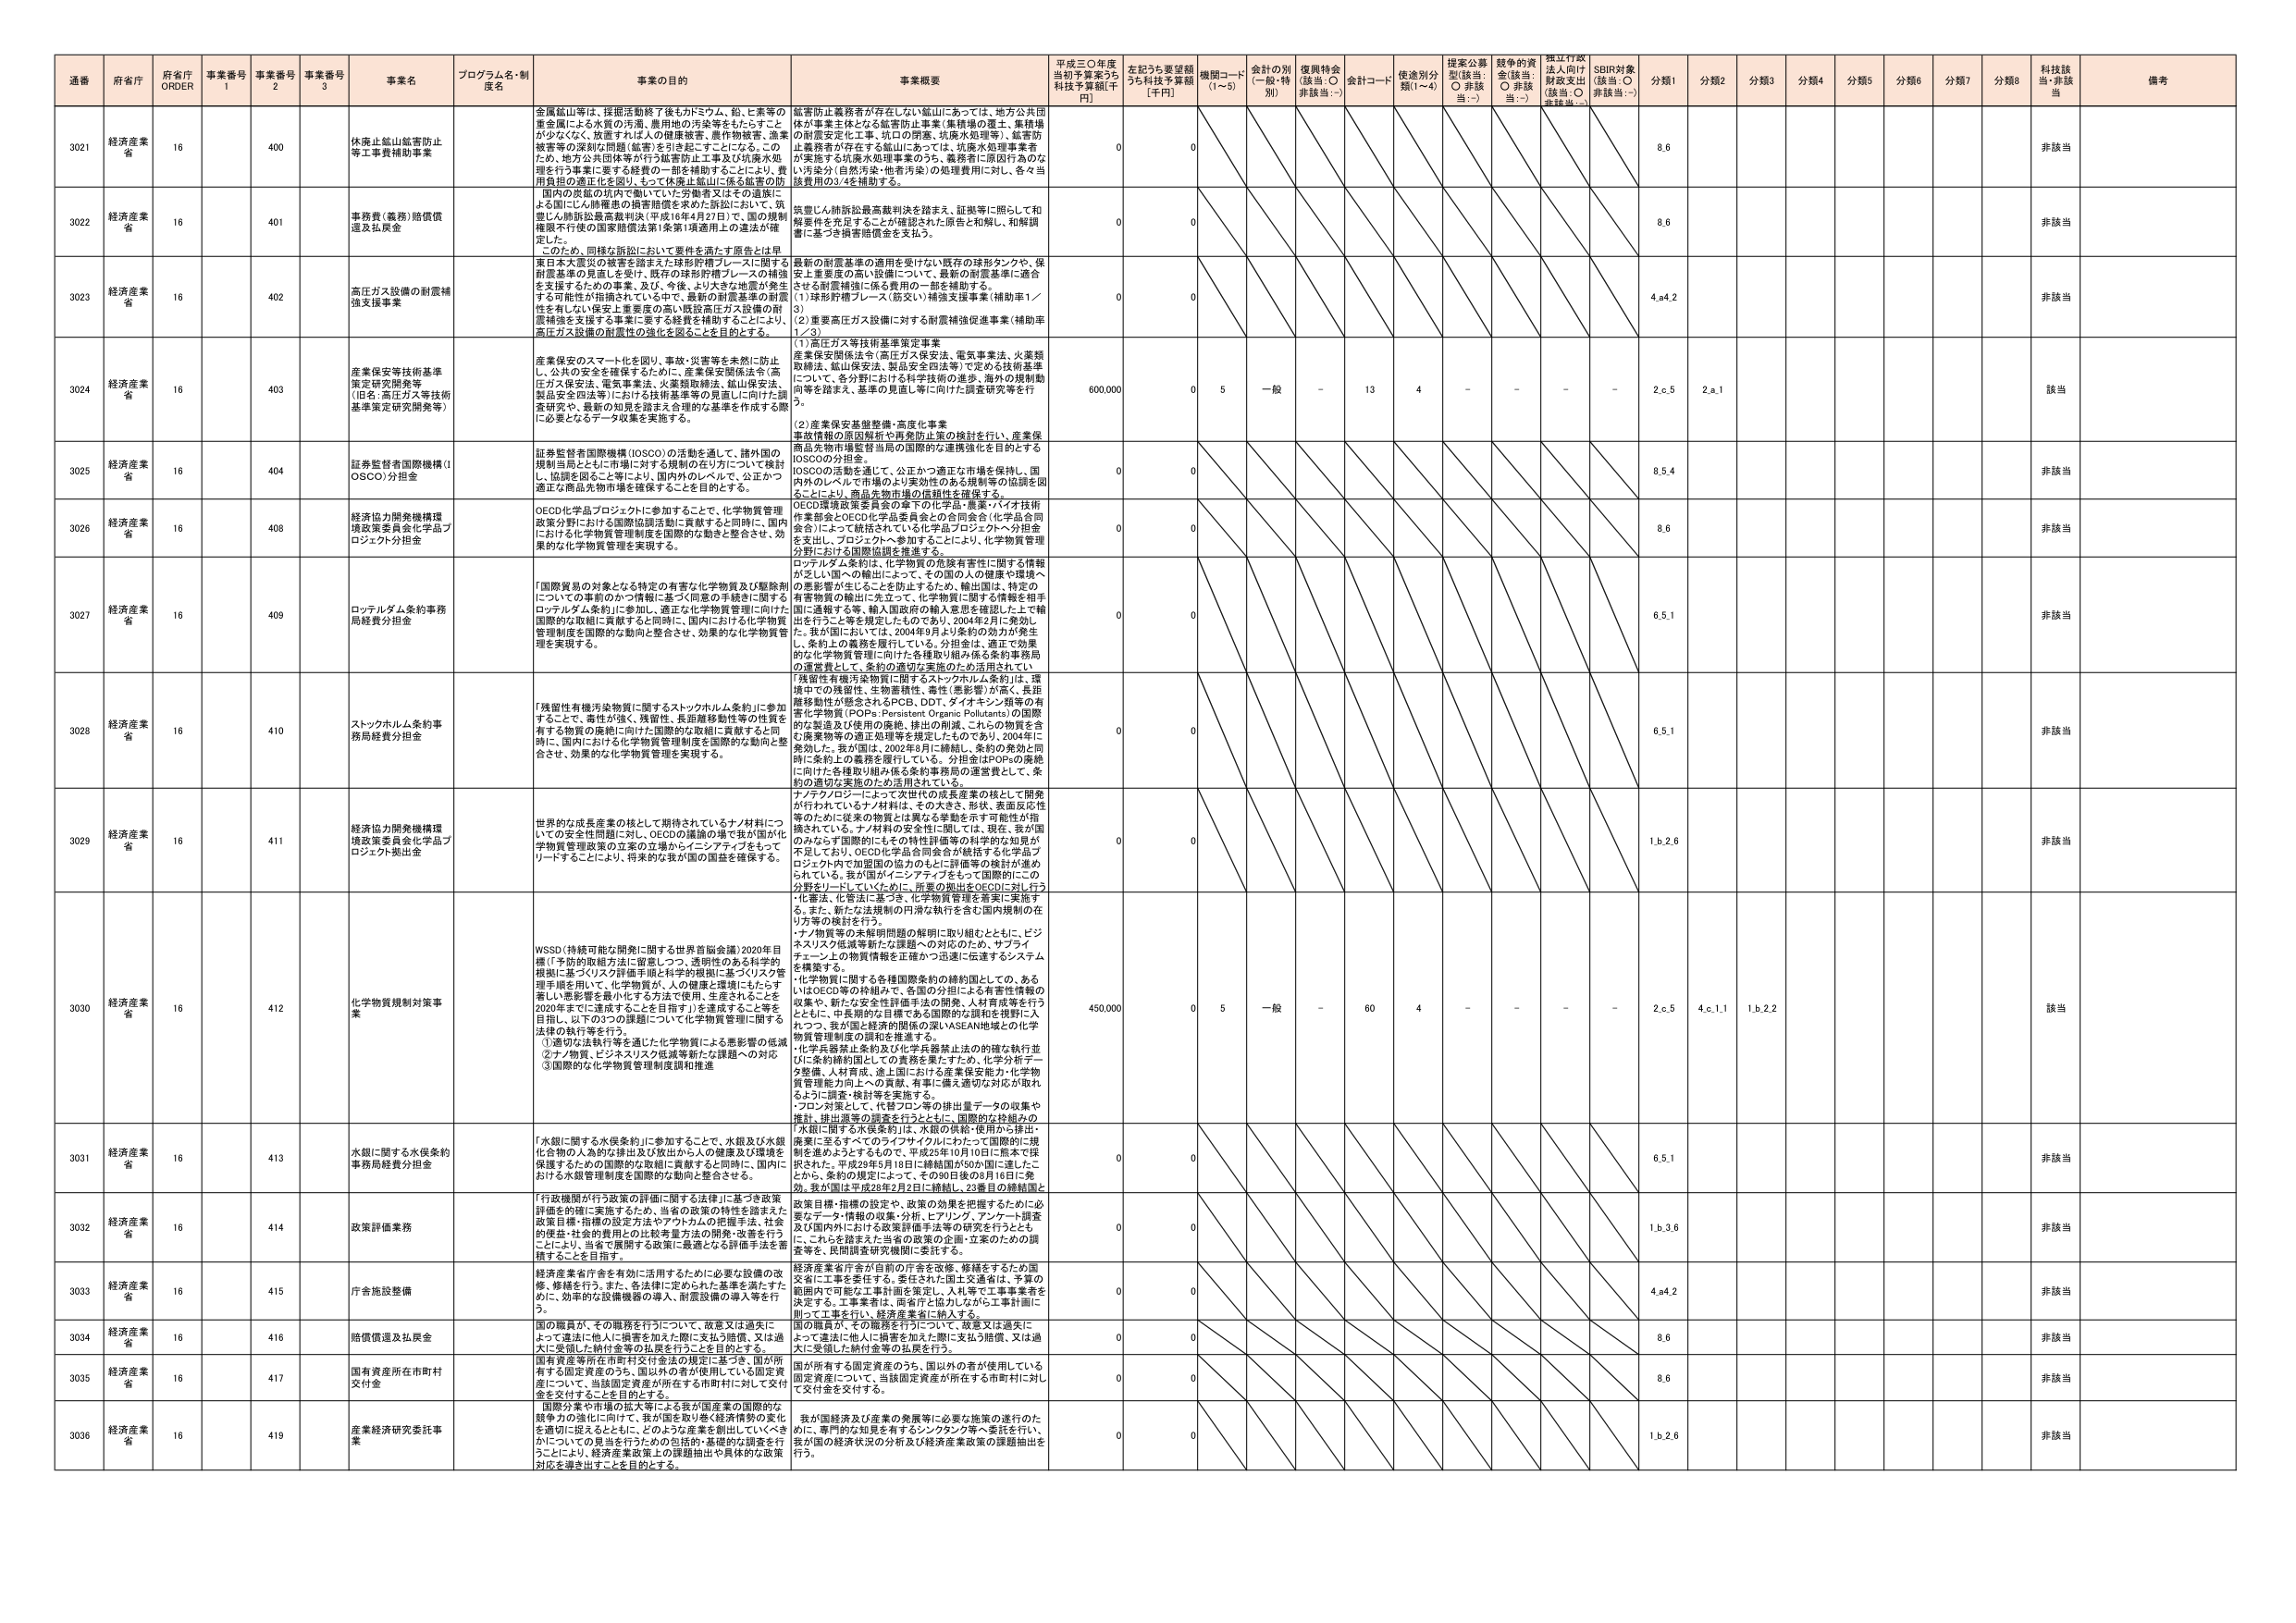
通番 府省庁 府省庁 ORDER 事業番号 1 事業番号 2 事業番号 3 事業名 プログラム名・制度名 事業の目的 事業概要 平成三〇年度当初予算案うち 科技予算額[千円] 左記うち要望額うち科技予算額[千円] 機関コード (1～5) 会計の別 (一般・特別) 復興特会 (該当：○ 非該当：-) 会計コード 使途別分類(1～4) 提案公募型(該当：○ 非該当：-) 競争的資金(該当：○ 非該当：-) 採択行政法人向け財政支出(該当：○ 非該当：-) SDBI対象(該当：○ 非該当：-) 分類1 分類2 分類3 分類4 分類5 分類6 分類7 分類8 科技該当・非該当 備考

3021 経済産業省 16 400 休廃止鉱山鉱害防止等工事費補助事業 金属鉱山等は、採掘活動終了後もカドミウム、鉛、ヒ素等の重金属による水質の汚濁、農用地の汚染等をもたらすことが少なくなく、放置すれば人の健康被害、農作物被害、漁業被害等の深刻な問題（被害）を引き起こすことになる。このため、地方公共団体等が行う鉱害防止工事及び坑泉水処理を行う事業に要する経費の一部を補助することにより、費用負担の適正化を図り、もって休廃止鉱山に係る鉱害の防 0 0

3022 経済産業省 16 401 事務費（義務）賠償償還及払戻金 よる国にしたがい補償金の損害賠償を求める訴訟において、筑豊じん肺訴訟最高裁判決（平成16年4月27日）で、国の規制権限不行使の国家賠償法第1条第1項適用上の違法が確定した。このため、同様な訴訟において要件を満たす原告とは異 0 0

3023 経済産業省 16 402 高圧ガス設備の耐震補強支援事業 東日本大震災の被害を踏まえた球形貯槽プレースに関する耐震基準の見直しを受け、既存の球形貯槽プレースの補強を支援するための事業。及び、今後、より大きな地震が発生する可能性が指摘されている中で、最新の耐震基準の耐震性を有し、保安上重要性の高い既設高圧ガス設備の耐震補強を支援する事業に要する経費を補助することにより、高圧ガス設備の耐震性の強化を図ることを目的とする。 0 0

3024 経済産業省 16 403 産業保安等技術基準策定研究開発等 （旧名：高圧ガス等技術基準策定研究開発等） 産業保安のスマート化を図り、事故・災害等を未然に防止し、公共の安全を確保するために、産業保安関係法令（高圧ガス保安法、電気事業法、火薬類取締法、鉱山保安法、製品安全四法等）における技術基準等の見直しに向けた調査研究や、最新の知見を踏まえる合理的な基準を作成する際に必要となるデータ収集を実施する。 600,000 0 5 一般 - 13 4 - - - - 2,6,5 2,a,1 該当

3025 経済産業省 16 404 証券監督者国際機構（IOSCO）分担金 証券監督者国際機構（IOSCO）の活動を通して、諸外国の規制当局とともに市場における規制の在り方について検討し、協調を図ること等により、国内外のレベルで、公正かつ適正な商品先物市場を確保することを目的とする。 0 0

3026 経済産業省 16 408 経済協力開発機構環境政策委員会化学品プロジェクト分担金 OECD化学品プロジェクトに参加することで、化学物質管理政策分野における国際協調活動に貢献すると同時に、国内における化学物質管理制度を国際的な動きと整合させ、効果的な化学物質管理を実現する。 0 0

3027 経済産業省 16 409 ロッテルダム条約事務局経費分担金 「国際貿易の対象となる特定の有害な化学物質及び製品」についての事前のかつ情報に基づく同意の手続きに関するロッテルダム条約」に参加し、適正な化学物質管理に向けた国際的な取組に貢献すると同時に、国内における化学物質管理制度を国際的な動向と整合させ、効果的な化学物質管理を実現する。 0 0

3028 経済産業省 16 410 ストックホルム条約事務局経費分担金 「残留性有機汚染物質に関するストックホルム条約」に参加することで、毒性が強く、残留性、長距離移動性等の性質を有する物質の廃絶に向けた国際的な取組に貢献すると同時に、国内における化学物質管理制度を国際的な動向と整合させ、効果的な化学物質管理を実現する。 0 0

3029 経済産業省 16 411 経済協力開発機構環境政策委員会化学品プロジェクト拠出金 世界的な成長産業の核として期待されているナノ材料についての安全性問題に対し、OECDの議論の場で我が国が化学物質管理政策の立場からイニシアティブをもってリードすることにより、将来的な我が国の国益を確保する。 0 0

3030 経済産業省 16 412 化学物質規制対策事業 WSSD（持続可能な開発に関する世界首脳会議）2020年目標（「予防的取組方法に留意しつつ、透明性のある科学的根拠に基づくリスク評価手順と科学的根拠に基づくリスク管理手順を用いて、化学物質が人・の健康と環境にもたらす著しい悪影響を最小化する方法で使用、生産されることを2020年までに達成することを目指す」）を達成すること等を目指し、以下の3つの課題について化学物質管理に関する法律の執行等を行う。 ①適切な法執行等を通じた化学物質による悪影響の低減 ②ナノ物質、ビジネスリスク低減等新たな課題への対応 ③国際的な化学物質管理制度調和推進 450,000 0 5 一般 - 60 4 - - - - 2,6,5 4,c,1,1 1,b,2,2 該当

3031 経済産業省 16 413 水銀に関する水俣条約事務局経費分担金 「水銀に関する水俣条約」に参加することで、水銀及び水銀化合物の人的な排出及び放出から人の健康及び環境を保護するための国際的な取組に貢献すると同時に、国内における水銀管理制度を国際的な動向と整合させる。 0 0

3032 経済産業省 16 414 政策評価業務 「行政機関が行う政策の評価に関する法律」に基づき政策評価を的確に実施するため、当省の政策の特性を踏まえた政策目標・指標の設定方法やアウトカムの把握手法、社会的便益・社会的費用との比較考量方法の開発・改善を行うことにより、当省で展開する政策に最適となる評価手法を蓄積することを目指す。 0 0

3033 経済産業省 16 415 庁舎施設整備 経済産業省庁舎を有効に活用するために必要な設備の改修・修繕を行う。また、各法律に定められた基準を満たすために、効率的な設備機器の導入、耐震設備の導入等を行う。 0 0

3034 経済産業省 16 416 賠償償還及払戻金 国の職員が、その職務を行うについて、故意又は過失によって違法に他人に損害を加えた際に支払う賠償、又は過大に受領した納付金等の払戻金を行うことを目的とする。 0 0

3035 経済産業省 16 417 国有資産所在市町村交付金 国有資産等所在市町村交付金法の規定に基づき、国が所有する固定資産のうち、国以外の者が使用している固定資産について、当該固定資産が所在する市町村に対して交付金を交付することを目的とする。 0 0

3036 経済産業省 16 419 産業経済研究委託事業 国際分業や市場の拡大等による我が国産業の国際的な競争力の強化に向けて、我が国を取り巻く経済情勢の変化を適切に捉えるとともに、どのような産業を創出していくべきかについての見当を行うための包括的・基礎的な調査を行うことにより、経済産業政策上の課題抽出や具体的な政策対応を導き出すことを目的とする。 0 0

8.6 非該当

8.6 非該当

4,a4.2 非該当

8.5.4 非該当

8.6 非該当

6.5.1 非該当

6.5.1 非該当

1,b,2,6 非該当

6.5.1 非該当

1,b,3,6 非該当

4,a4.2 非該当

8.6 非該当

8.6 非該当

1,b,2,6 非該当